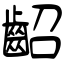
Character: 齠